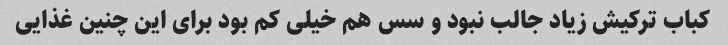
کباب ترکیش زیاد جالب نبود و سس هم خیلی کم بود برای این چنین غذایی